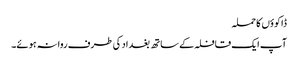
ڈاکوؤں کا حملہ
آپ ایک قافلہ کے ساتھ بغداد کی طرف روانہ ہوئے۔